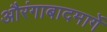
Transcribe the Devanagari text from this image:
औरंगाबादमार्गे